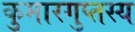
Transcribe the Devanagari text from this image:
कुमारगुप्तस्य